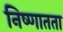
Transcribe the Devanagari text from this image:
निष्णातता